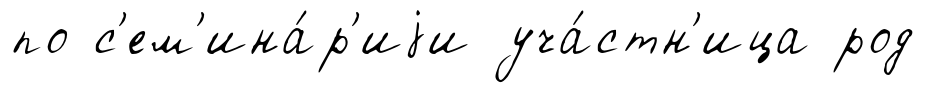
по с'ем'ина́р'иjи уча́стн'ица род